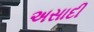
અસાદી